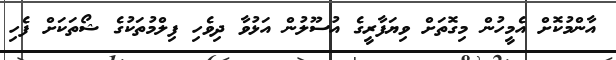
އާންމުކޮށް އެމީހުން މިގޮތަށް ވިޔަފާރީގެ އުސޫލުން އަޅުވާ ދިވެހި ފިލްމުތަކުގެ ޝޯތަކަށް ފެހި